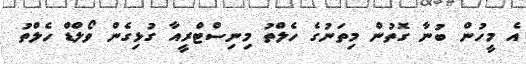
އެ މީހުން ބުނާ ގޮތުން މިތަނުގެ ހެލްތު މިނިސްޓްރީއާ ގުޅިގެން ވޯލްޑް ހެލްތު